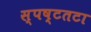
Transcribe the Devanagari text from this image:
स्पष्टतटा